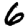
Digit: 6